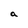
Character: a